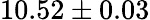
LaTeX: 10.52\pm 0.03